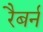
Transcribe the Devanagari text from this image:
रैबर्न